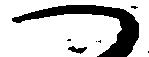
へ